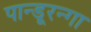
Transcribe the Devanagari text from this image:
पान्डूरन्गा